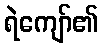
ရဲကျော်၏